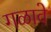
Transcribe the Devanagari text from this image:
गळावे